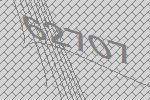
62707